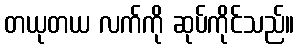
တယုတယ လက်ကို ဆုပ်ကိုင်သည်။